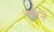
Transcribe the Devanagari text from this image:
नगरने